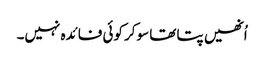
اُنھیں پتا تھا سوکر کوئی فائدہ نہیں۔